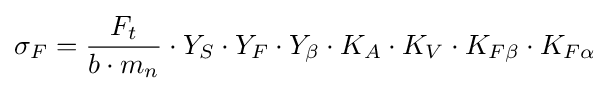
\sigma _{F}={F_{t} \over {b\cdot m_{n}}}\cdot Y_{S}\cdot Y_{F}\cdot Y_{\beta }\cdot K_{A}\cdot K_{V}\cdot K_{F\beta }\cdot K_{F\alpha }